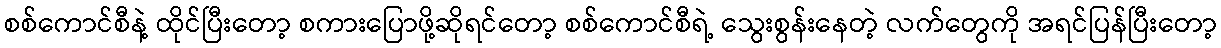
စစ်ကောင်စီနဲ့ ထိုင်ပြီးတော့ စကားပြောဖို့ဆိုရင်တော့ စစ်ကောင်စီရဲ့ သွေးစွန်းနေတဲ့ လက်တွေကို အရင်ပြန်ပြီးတော့